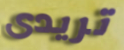
تريدى